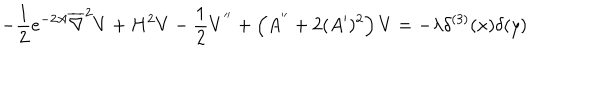
- \frac { 1 } { 2 } e ^ { - 2 A } \overline { { { \nabla } } } ^ { 2 } V + H ^ { 2 } V - \frac { 1 } { 2 } V ^ { ' ^ { \prime } } + \left( A ^ { ' ^ { \prime } } + 2 ( A ^ { \prime } ) ^ { 2 } \right) V = - \lambda \delta ^ { ( 3 ) } ( x ) \delta ( y )